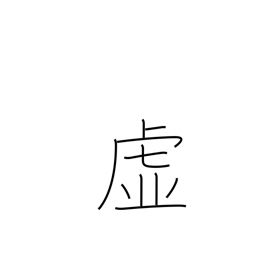
Meaning: void